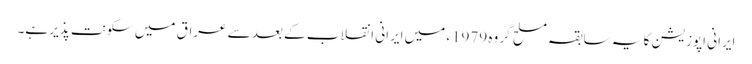
ایرانی اپوزیشن کا یہ سابقہ مسلح گروہ 1979ء میں ایرانی انقلاب کے بعد سے عراق میں سکونت پذیر ہے۔